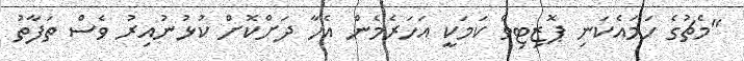
"މެޗުގެ ހަމައެކަނި ޕޮޒިޓިވް ކަމަކީ އަހަރެމެން އެހާ ދަށްކޮށް ކުޅުނުއިރު ވެސް ތަފާތު